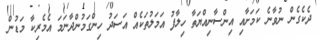
ދެކެގެން ނުވާނެ ކަމަށާއި އިންސާނިއްޔަތާ ހިލާފު އަމަލުތަކެއް އަސަދު ހިންގަމުންދާނަމަ އެމެރިކާ މަޑުން